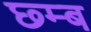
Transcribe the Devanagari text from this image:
छ्म्ब